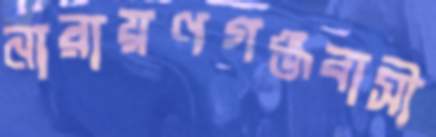
নারায়ণগঞ্জবাসী